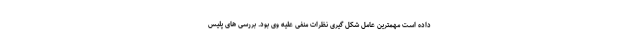
داده است مهمترین عامل شکل گیری نظرات منفی علیه وی بود. بررسی های پلیس